Assam Mental Hospital (Tezpur, India) - 1933-1948
Year: 1933
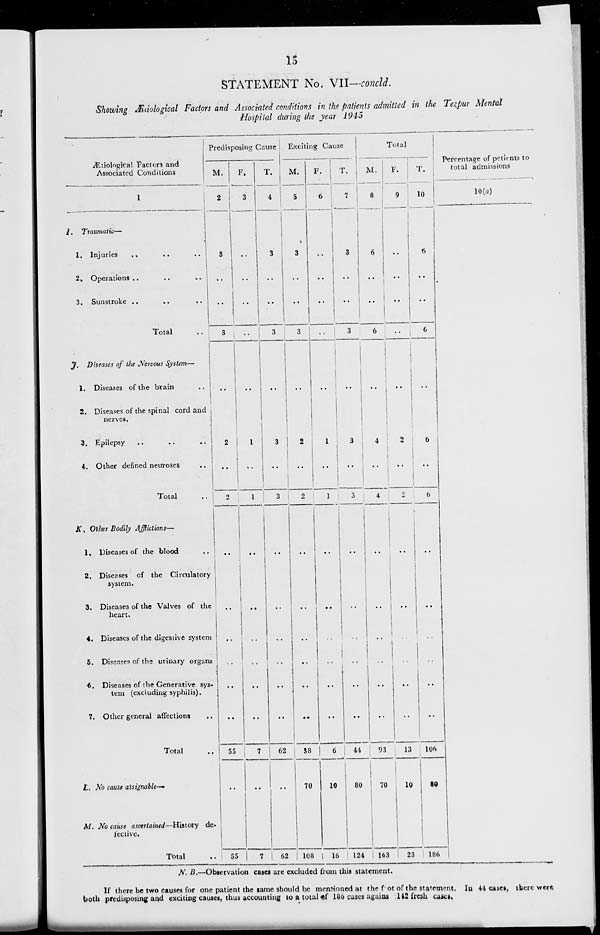
15
STATEMENT No. VII—concld.
Showing Ætiological Factors and Associated conditions in the patients admitted in the Tezpur Mental
Hospital during the year 1945
Ætiological Factors and
Associated Conditions
1
I.
J.
K.
Traumatic—
1. Injuries
..
..
..
2. Operations ..
..
..
3. Sunstroke .. .. ..
Total ..
Diseases of the Nervous System—
1. Diseases of the brain ..
2. Diseases of the spinal cord and
nerves.
3. Epilepsy .. .. ..
4. Other defined neuroses
..
Total
..
Other Bodily Afflictions—
1. Diseases of the blood ..
2. Diseases of the Circulatory
system.
3. Diseases of the Valves of the
heart.
4. Diseases of the digestive system
5. Diseases of the urinary organs
6. Diseases of the Generative sys-
tem (excluding syphilis).
7. Other general affections ..
Total
L. No cause assignable—
M. No cause ascertained—History de-
fective.
Total ..
Predisposing Cause
M.
2
3
..
..
3
..
2
..
2
..
..
..
..
..
..
55
..
55
F.
3
..
..
..
..
..
1
..
1
..
..
..
..
..
..
7
..
7
T.
4
3
..
..
3
..
3
..
3
..
..
..
..
..
..
62
..
62
Exciting Cause
M.
5
3
..
..
3
..
2
..
2
..
..
..
..
..
..
38
70
108
F.
6
..
..
..
..
..
1
..
1
..
..
..
..
..
..
6
10
16
T.
7
3
..
..
3
..
3
..
3
..
..
..
..
..
..
44
80
124
Total
M.
8
6
..
..
6
..
4
..
4
..
..
..
..
..
..
93
70
163
F.
9
..
..
..
..
..
2
..
2
..
..
..
..
..
..
13
10
23
T.
10
6
..
..
6
..
6
..
6
..
..
..
..
..
..
106
80
186
Percentage of patients to
total admissions
10(a)
N. B.—Observation cases are excluded from this statement.
If there be two causes for one patient the same should be mentioned at the foot of the statement. In 44 cases, there were
both predisposing and exciting causes, thus accounting to a total of 186 cases against 142 fresh cases.